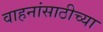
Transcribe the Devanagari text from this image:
वाहनांसाठीच्या